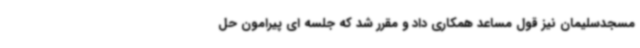
مسجدسلیمان نیز قول مساعد همکاری داد و مقرر شد که جلسه ای پیرامون حل